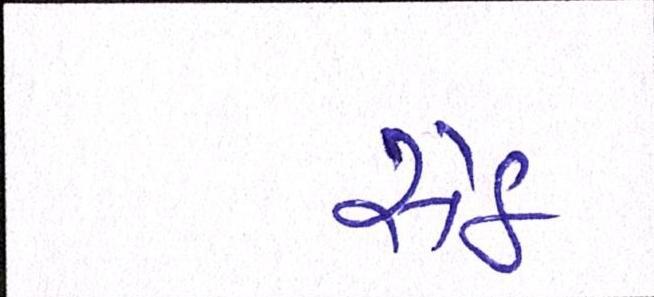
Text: સેઠ